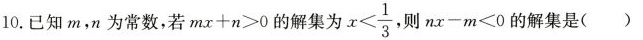
10.已知m，n为常数，若$$m x + a > 0$$的解集为 $$x < \frac { 1 } { 3 }$$，则$$n x - m < 0$$的解集是( )